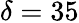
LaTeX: \delta=35